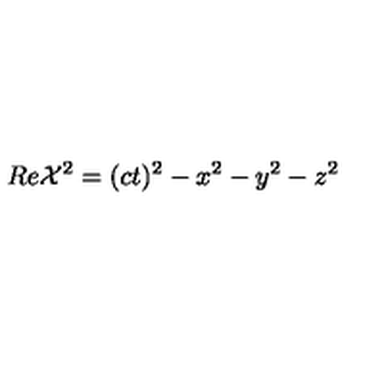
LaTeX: R e { \cal X } ^ { 2 } = ( c t ) ^ { 2 } - x ^ { 2 } - y ^ { 2 } - z ^ { 2 }